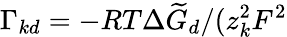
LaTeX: \Gamma_{kd}=-{RT\Delta\widetilde{G}_{d}}/(z_{k}^{2}F^{2}